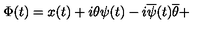
\Phi ( t ) = x ( t ) + i \theta \psi ( t ) - i \overline { { \psi } } ( t ) \overline { { \theta } } +